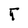
Character: r